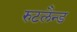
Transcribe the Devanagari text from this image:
रुटलैन्ड